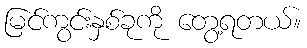
မြင်ကွင်းနှစ်ခုကို တွေ့ရတယ်။